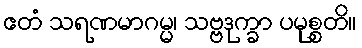
ဧတံ သရဏမာဂမ္မ၊ သဗ္ဗဒုက္ခာ ပမုစ္စတိ။